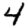
Digit: 4